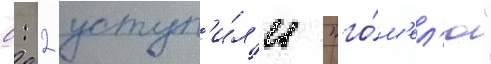
0: 2 уступ'и́л'и "го́м'ел'ю"